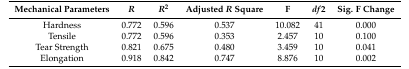
<table><thead><tr><td><b>Mechanical Parameters</b></td><td><b><i>R</i></b></td><td><b><i>R</i><sup>2</sup></b></td><td><b>Adjusted <i>R</i> Square</b></td><td><b>F</b></td><td><b><i>df</i><sup>2</sup></b></td><td><b>Sig. F Change</b></td></tr></thead><tbody><tr><td>Hardness</td><td>0.772</td><td>0.596</td><td>0.537</td><td>10.082</td><td>41</td><td>0.000</td></tr><tr><td>Tensile</td><td>0.772</td><td>0.596</td><td>0.353</td><td>2.457</td><td>10</td><td>0.100</td></tr><tr><td>Tear Strength</td><td>0.821</td><td>0.675</td><td>0.480</td><td>3.459</td><td>10</td><td>0.041</td></tr><tr><td>Elongation</td><td>0.918</td><td>0.842</td><td>0.747</td><td>8.876</td><td>10</td><td>0.002</td></tr></tbody></table>